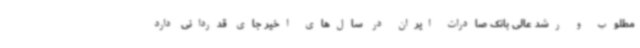
مطلوب و رشد عالی بانک صادرات ایران در سال‌های اخیر جای قدردانی دارد